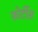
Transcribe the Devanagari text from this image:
फोर्टीस